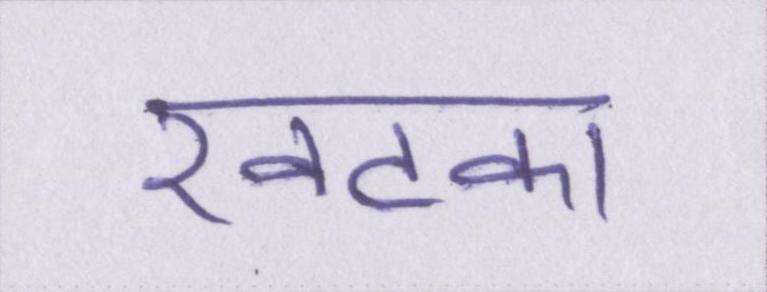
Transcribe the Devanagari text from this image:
खटका